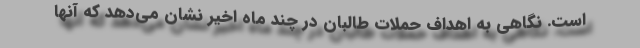
است. نگاهی به اهداف حملات طالبان در چند ماه اخیر نشان می‌دهد که آنها